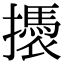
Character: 𢷭